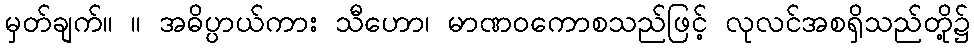
မှတ်ချက်။ ။ အဓိပ္ပာယ်ကား သီဟော၊ မာဏဝကောစသည်ဖြင့် လုလင်အစရှိသည်တို့၌